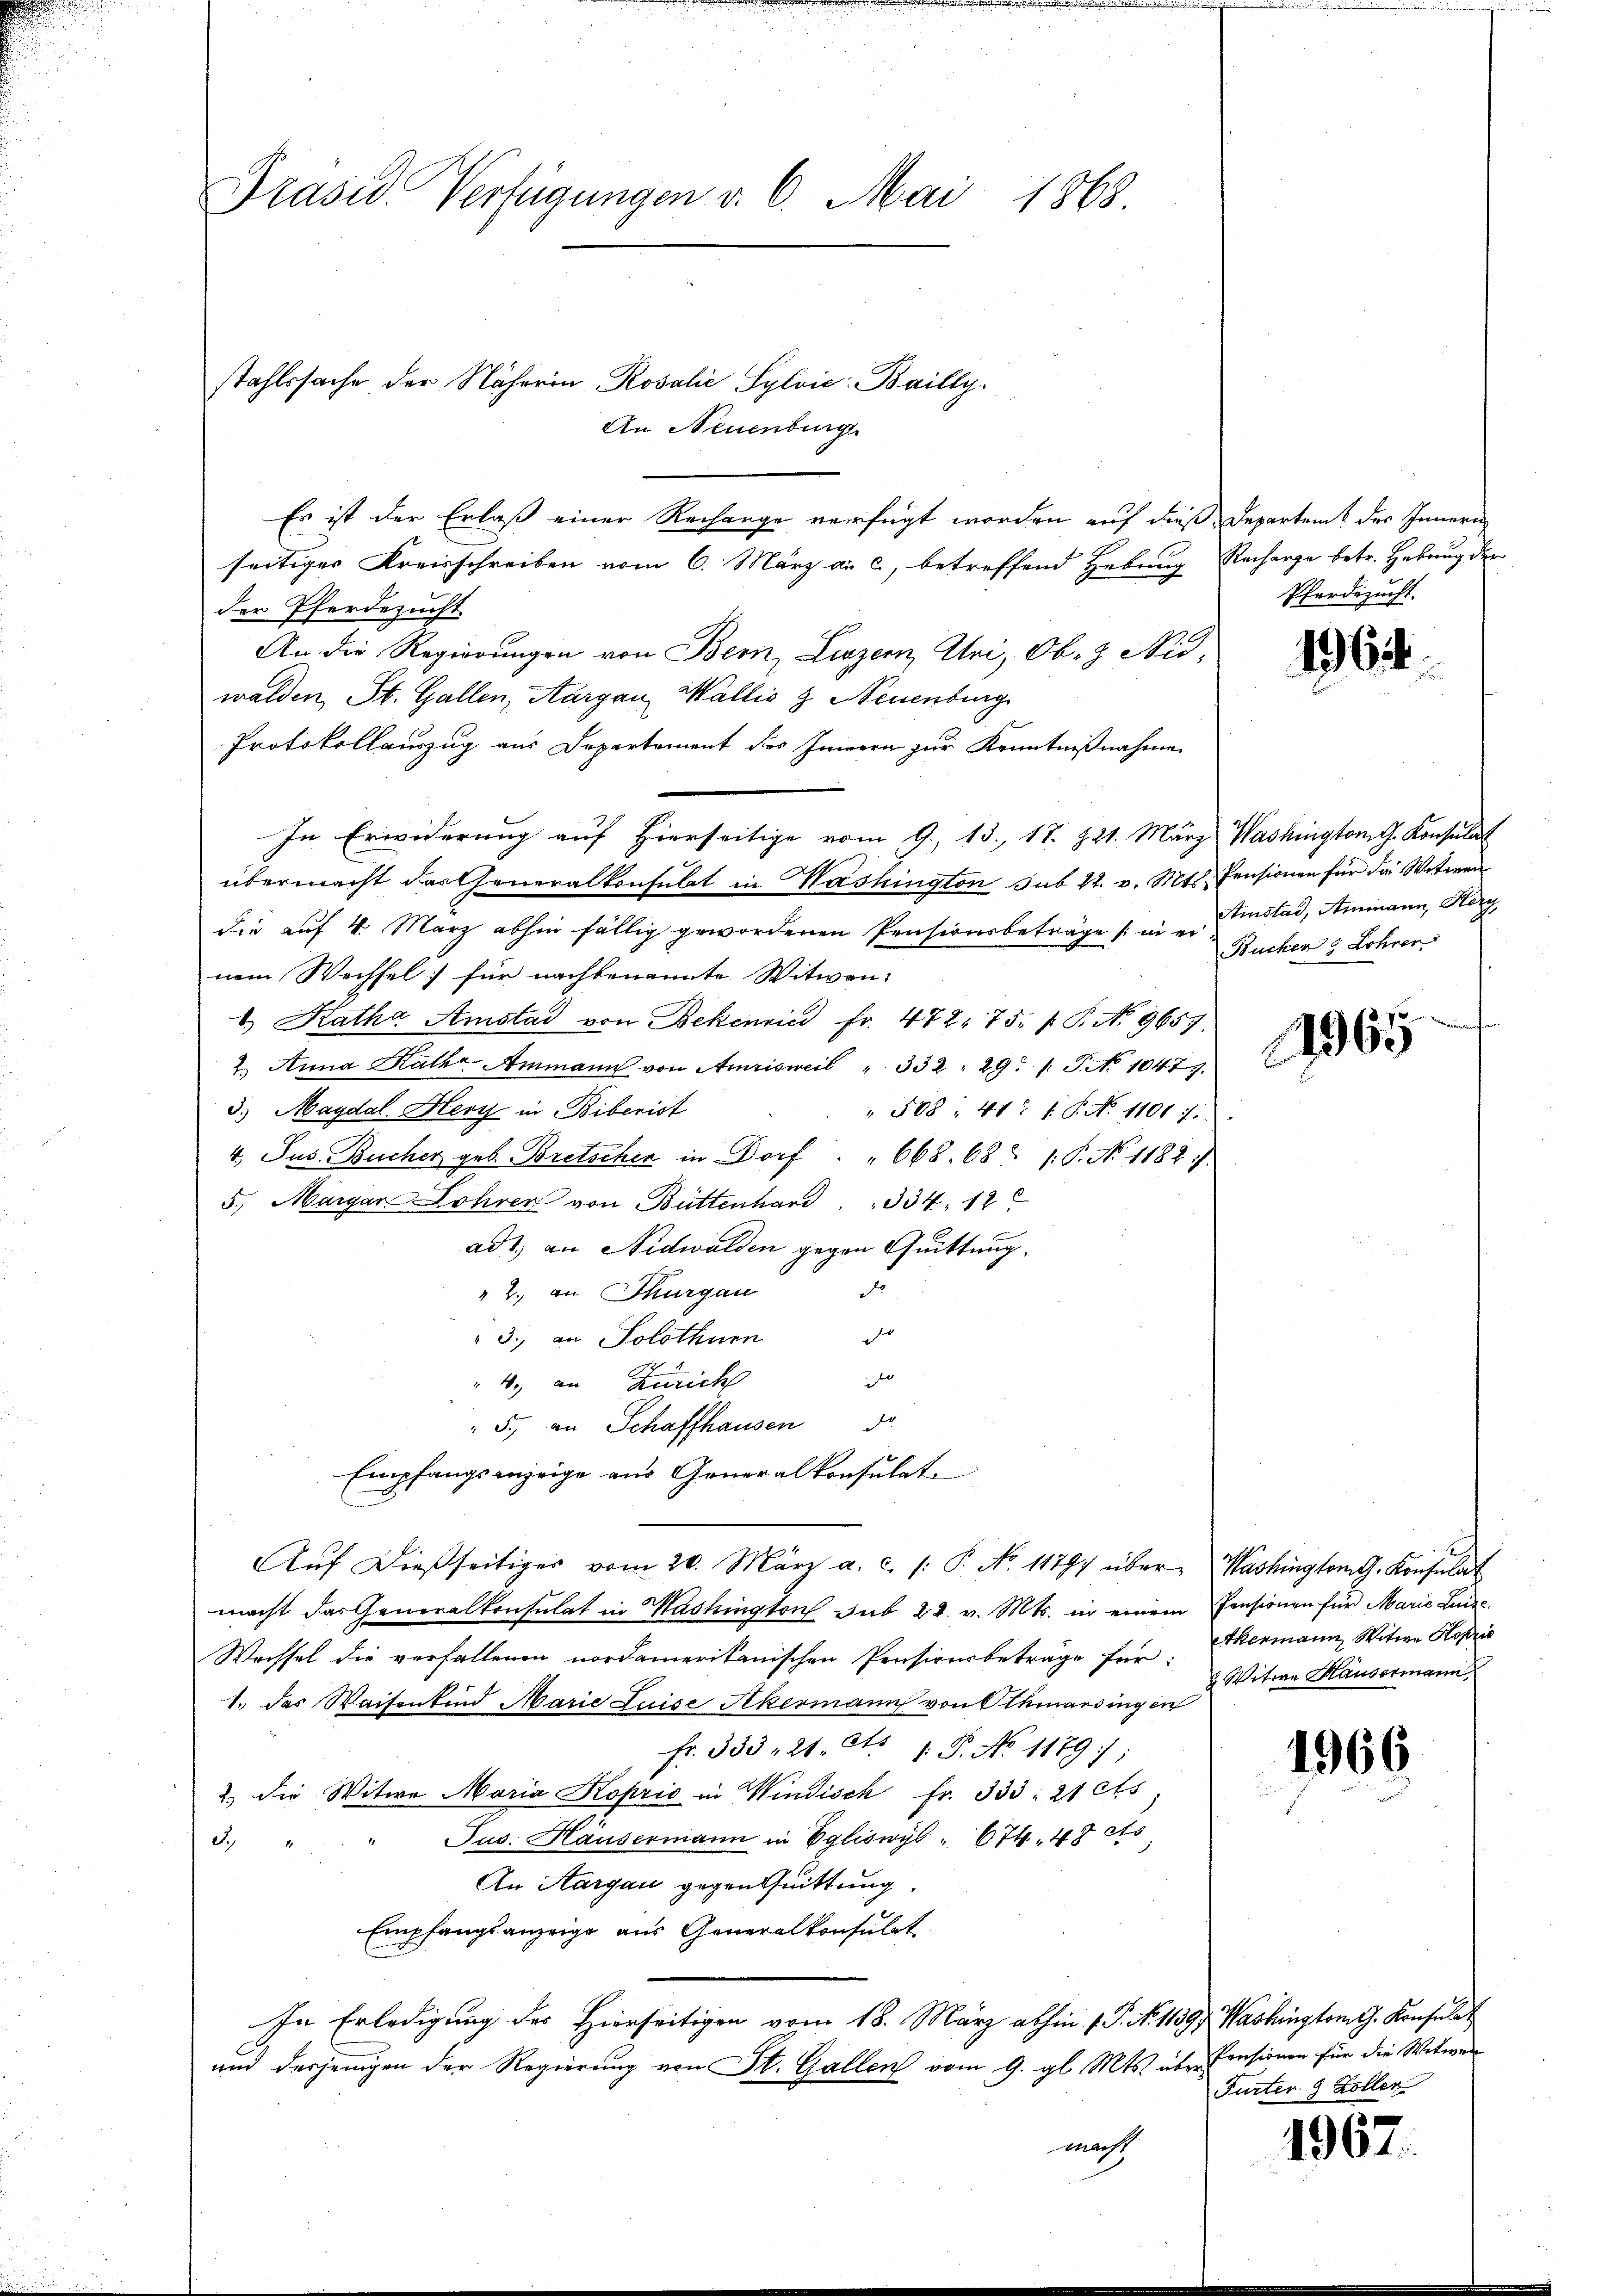
Prasil Verfügungen v. 6. Mai 1868.

stahlssache der Näherin Rosalić Sylvić: Bailly.
An Neuenburg
Es ist der Erlaß einer Rechange verfügt worden auf dieß Departent des Innern
seitiger Kreisschreiben vom 6. März a. c., betreffend Hebung Recharge betr. Hebung der
der Pferdezucht
An die Regierungen von Bern, Linzern, Uri, Ob- & Nidwalden St. Gallen, Aargau, Wallis & Neuenburg
Protokollauszug aus Departement des Innern zur Kenntnißnahme
In Erwiderung auf Hierseitige vom 9. 13. 17. 221. März Washington G. Konsulat
übermacht das Generalkonsulat in Washington sub 22. v. Mts. Pensionen für die Witwen
die auf 4. März abhin fällig gewordenen Pensionsbeträge (: in Anstad, Ammann, Herz
nem Wechsel für nachbenannte Witwen:
b. Katha Amstad von Bekenrin fr. 472. 75. P. P. No. 9657.
2.) Anna Katha Ammann von Amrisweil " 332. 29. / P. No 1047.
3.) Magdal. Herz in Biberist
" 508. 41: /: P. No 1101 f.
4. Jus Bucher geb. Bretscher in Dorf 668. 68 /: P. No 1182).
5. Margar-Lohren von Büttenhard " " 334, 12
ad1. an Nidwalden gegen Quittung.
.
" 2., an Thurgau
r
3. an Solothurn
i
4., an Zürich
" 5. an Schaffhausen 30.
Empfangsanzeige aus Generalkonsulat
Aŭf dießseitiges vom 20. März a. c. /: P. No. 1179) über Washingtom. Konsulat
macht das Generalkonsulat in Mashington sub 22. v. Mts. in einem Pensionen für Marie Lei
Wechsel die verfallenen nordamerikanischen Pensionsbeträge für ermann Witwe Hofris
1. Das Waisenkind Marie Luise Akermann von Athmarsingen
Fr. 333 121. ds P. No 1179
2.) Die Witwe Maria Koprio in Windisch fr. 333: 21 cts
Jus. Häusermann in Egliswyl " 674. 48 cts
S.
An Aargau gegen Quittung
Empfangsanzeige aus Generalkonsulat
In Erledigung des Hierseitigen vom 18. März abhin (P. No. 11397. Washington G. Konsulat
und desjenigen der Regierung von St. Gallen vom 9. gl. Mts. über Pensionen für die Witwen
macht

Pferdezucht.

196.

Buchen g Lohrer

1965

8 Witwe Hausermann

1966

Furter 9 Koller

1967